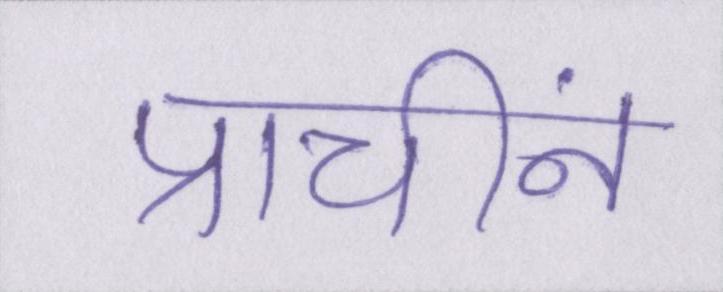
प्राचीनं